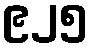
၉၂၅